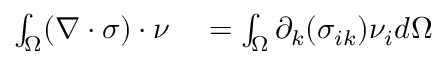
\begin{array} { r l } { \int _ { \Omega } ( \nabla \cdot \boldsymbol { \sigma } ) \cdot \boldsymbol { \nu } } & { { } = \int _ { \Omega } \partial _ { k } ( \sigma _ { i k } ) \nu _ { i } d \Omega } \end{array}